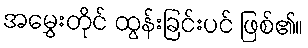
အမွှေးတိုင် ထွန်းခြင်းပင် ဖြစ်၏။